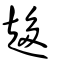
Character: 趍